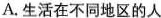
A.生活在不同地区的人